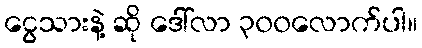
ငွေသားနဲ့ ဆို ဒေါ်လာ ၃၀၀လောက်ပါ။